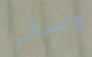
وصدقني